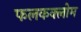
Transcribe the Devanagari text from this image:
फलकक्लोम